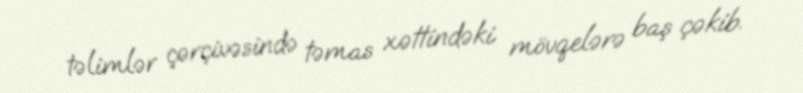
təlimlər çərçivəsində təmas xəttindəki mövqelərə baş çəkib.